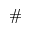
\#